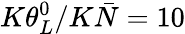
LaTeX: K{\theta_{L}^{0}}/{K\bar{N}}=10